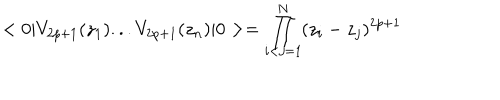
< 0 | V _ { 2 p + 1 } ( z _ { 1 } ) . . . V _ { 2 p + 1 } ( z _ { n } ) | 0 > = \prod _ { i < j = 1 } ^ { N } ( z _ { i } - z _ { j } ) ^ { 2 p + 1 }